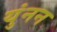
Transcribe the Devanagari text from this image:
युंनन